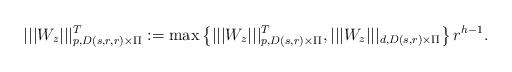
LaTeX: \begin{align*}|||{W_z}|||_{p,D(s,r,r)\times\Pi}^T:=\max\left\{|||{W_z}|||_{p,D(s,r)\times\Pi}^T,|||{W_z}|||_{d,D(s,r)\times\Pi}\right\}r^{h-1}.\end{align*}